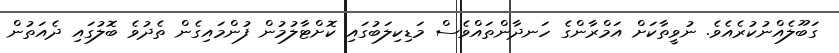
ގަބޫލެއްނުކުރެއެވެ. ނުވީތާކަށް އަމްރާންގެ ހަނދާންތައްވެސް މަޑިކިލަބުގައި ކޮށްޓާލުމުން ފުންމައިގެން ތެދުވެ ބޮލުގައި ދެއަތުން